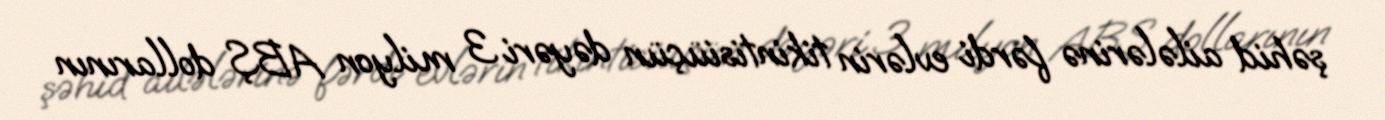
şəhid ailələrinə fərdi evlərin tikintisiüçün dəyəri 3 milyon ABŞ dollarının